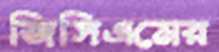
জিসিএমের